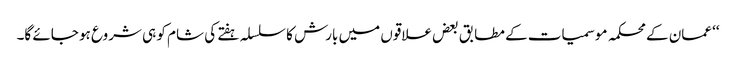
‘‘ عمان کے محکمہ موسمیات کے مطابق بعض علاقوں میں بارش کا سلسلہ ہفتے کی شام کو ہی شروع ہو جائے گا۔